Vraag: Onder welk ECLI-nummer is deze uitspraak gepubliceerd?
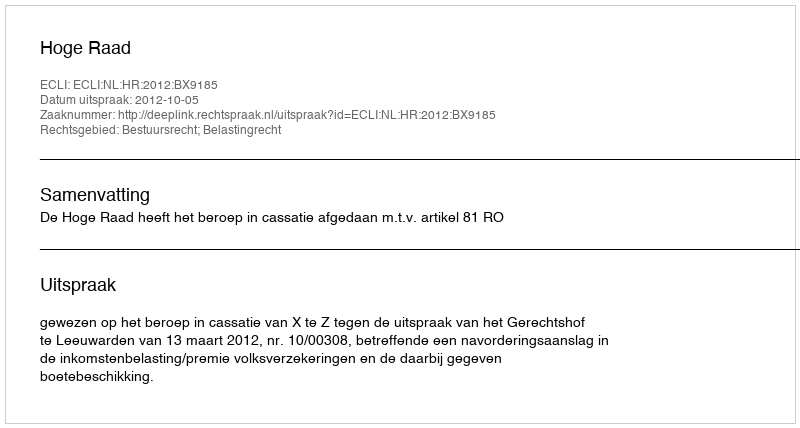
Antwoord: ECLI:NL:HR:2012:BX9185